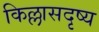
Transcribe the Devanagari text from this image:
किल्लासदृष्य